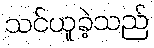
သင်ယူခဲ့သည်